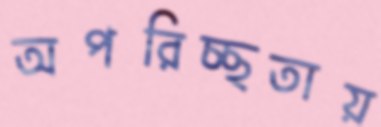
অপরিচ্ছতায়